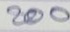
200